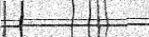
١٢٦